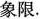
象限。